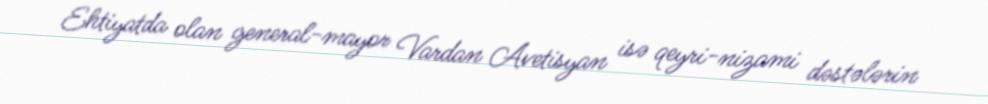
Ehtiyatda olan general-mayor Vardan Avetisyan isə qeyri-nizami dəstələrin